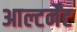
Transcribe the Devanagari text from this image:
आल्टर्नेंट